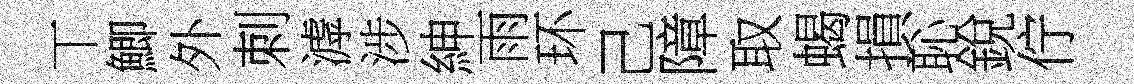
丅鯽外刺滹涉紳雨环己障取蝎損恥銳佇